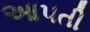
આ૫તી